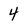
Character: 4